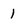
Character: 1